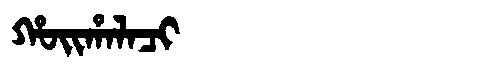
Manchu: ᡥᠣᡳᡥᠠᠯᠠᠴᡳ
Romanization: HOIHALACI